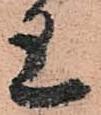
上